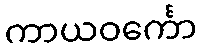
ကာယဝင်္ကော